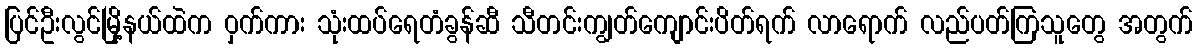
ပြင်ဦးလွင်မြို့နယ်ထဲက ဝှက်ကား သုံးထပ်ရေတံခွန်ဆီ သီတင်းကျွတ်ကျောင်းပိတ်ရက် လာရောက် လည်ပတ်ကြသူတွေ အတွက်